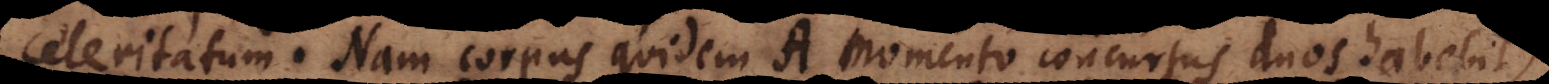
celeritatum. Nam corpus quidem A momento concursus duos habebit